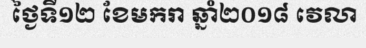
ថ្ងៃទី១២ ខែមករា ឆ្នាំ២០១៨ វេលា